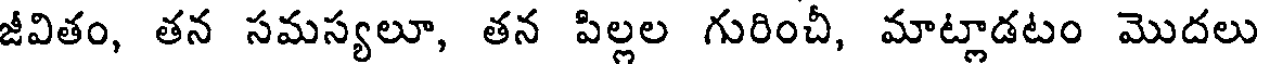
జీవితం, తన సమస్యలూ, తన పిల్లల గురించీ, మాట్లాడటం మొదలు